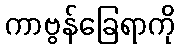
ကာဗွန်ခြေရာကို